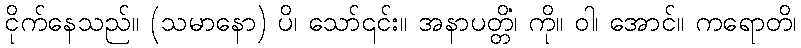
ငိုက်နေသည်။ (သမာနော) ပိ၊ သော်၎င်း။ အနာပတ္တိံ၊ ကို။ ဝါ၊ အောင်။ ကရောတိ၊